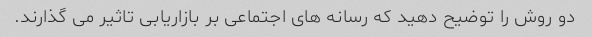
دو روش را توضیح دهید که رسانه های اجتماعی بر بازاریابی تاثیر می گذارند.